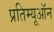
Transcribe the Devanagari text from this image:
प्रतिम्यूऑन